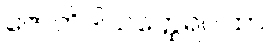
ဇောတိဒါသတ္ထေရဂါထာ။